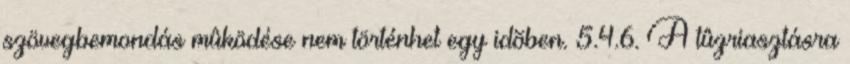
szövegbemondás mûködése nem történhet egy idõben. 5.4.6. A tûzriasztásra